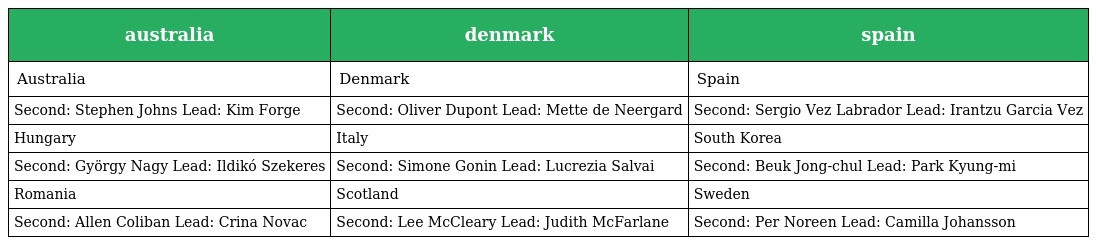
| australia | denmark | spain |
 | --- | --- | --- |
 | Australia | Denmark | Spain |
 | Second: Stephen Johns Lead: Kim Forge | Second: Oliver Dupont Lead: Mette de Neergard | Second: Sergio Vez Labrador Lead: Irantzu Garcia Vez |
 | Hungary | Italy | South Korea |
 | Second: György Nagy Lead: Ildikó Szekeres | Second: Simone Gonin Lead: Lucrezia Salvai | Second: Beuk Jong-chul Lead: Park Kyung-mi |
 | Romania | Scotland | Sweden |
 | Second: Allen Coliban Lead: Crina Novac | Second: Lee McCleary Lead: Judith McFarlane | Second: Per Noreen Lead: Camilla Johansson |